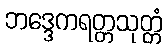
ဘဒ္ဒေကရတ္တသုတ္တံ